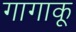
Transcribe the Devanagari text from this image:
गागाकू